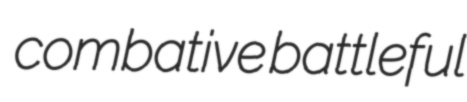
combative battleful